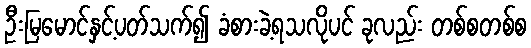
ဦးမြမောင်နှင့်ပတ်သက်၍ ခံစားခဲ့ရသလိုပင် ခုလည်း တစ်စတစ်စ